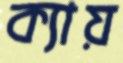
ক্যায়